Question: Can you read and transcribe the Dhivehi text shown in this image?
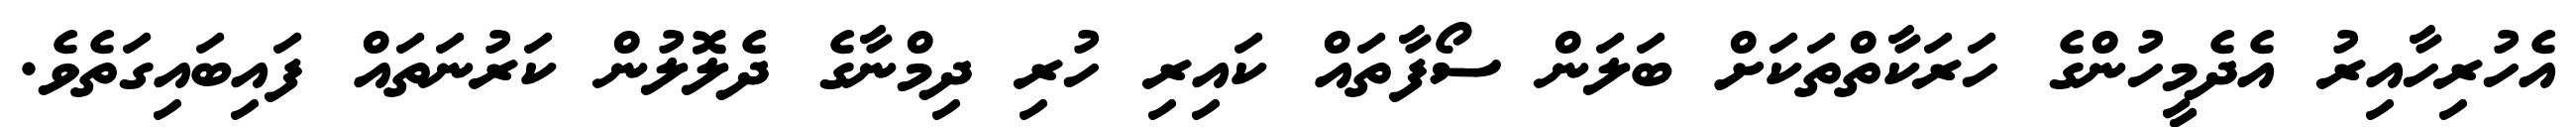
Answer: އެހުރިހާއިރު އެދެމީހުންގެ ހަރަކާތްތަކަށް ބަލަން ސޯފާތައް ކައިރި ހުރި ދިމްނާގެ ދެލޮލުން ކަރުނަތައް ފައިބައިގަތެވެ.